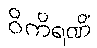
ဝိကိရဏိံ